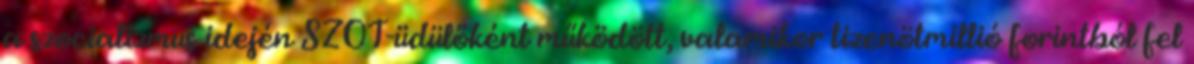
a szocializmus idején SZOT-üdülőként működött, valamikor tizenötmillió forintból fel